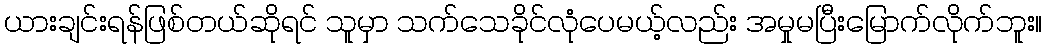
ယားချင်းရန်ဖြစ်တယ်ဆိုရင် သူမှာ သက်သေခိုင်လုံပေမယ့်လည်း အမှုမပြီးမြောက်လိုက်ဘူး။